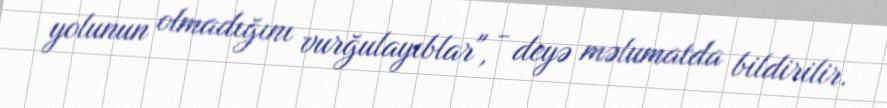
yolunun olmadığını vurğulayıblar", - deyə məlumatda bildirilir.